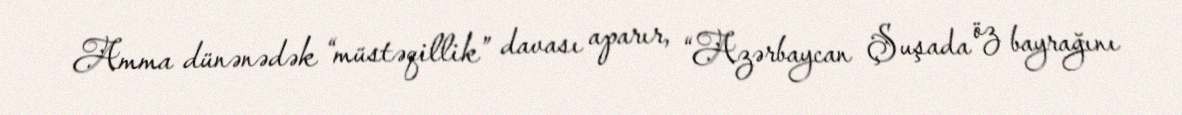
Amma dünənədək “müstəqillik” davası aparır, “Azərbaycan Şuşada öz bayrağını